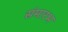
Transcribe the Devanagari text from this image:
संमारभ